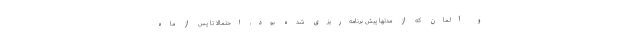
و آلمان که از مدتها پیش برنامه‌ریزی شده بود، احتمالا تا پس از ماه